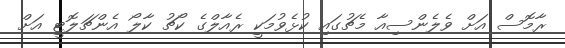
ރާމޮސް އަށް ވެލެންސިއާ މެޗުގައި ކުޅެވުމަކީ ރެއާލްގެ ކޯޗު ކާލޯ އެންޗަލޮޓީ އަށް